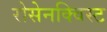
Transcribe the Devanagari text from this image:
रोसेनक्विस्ट